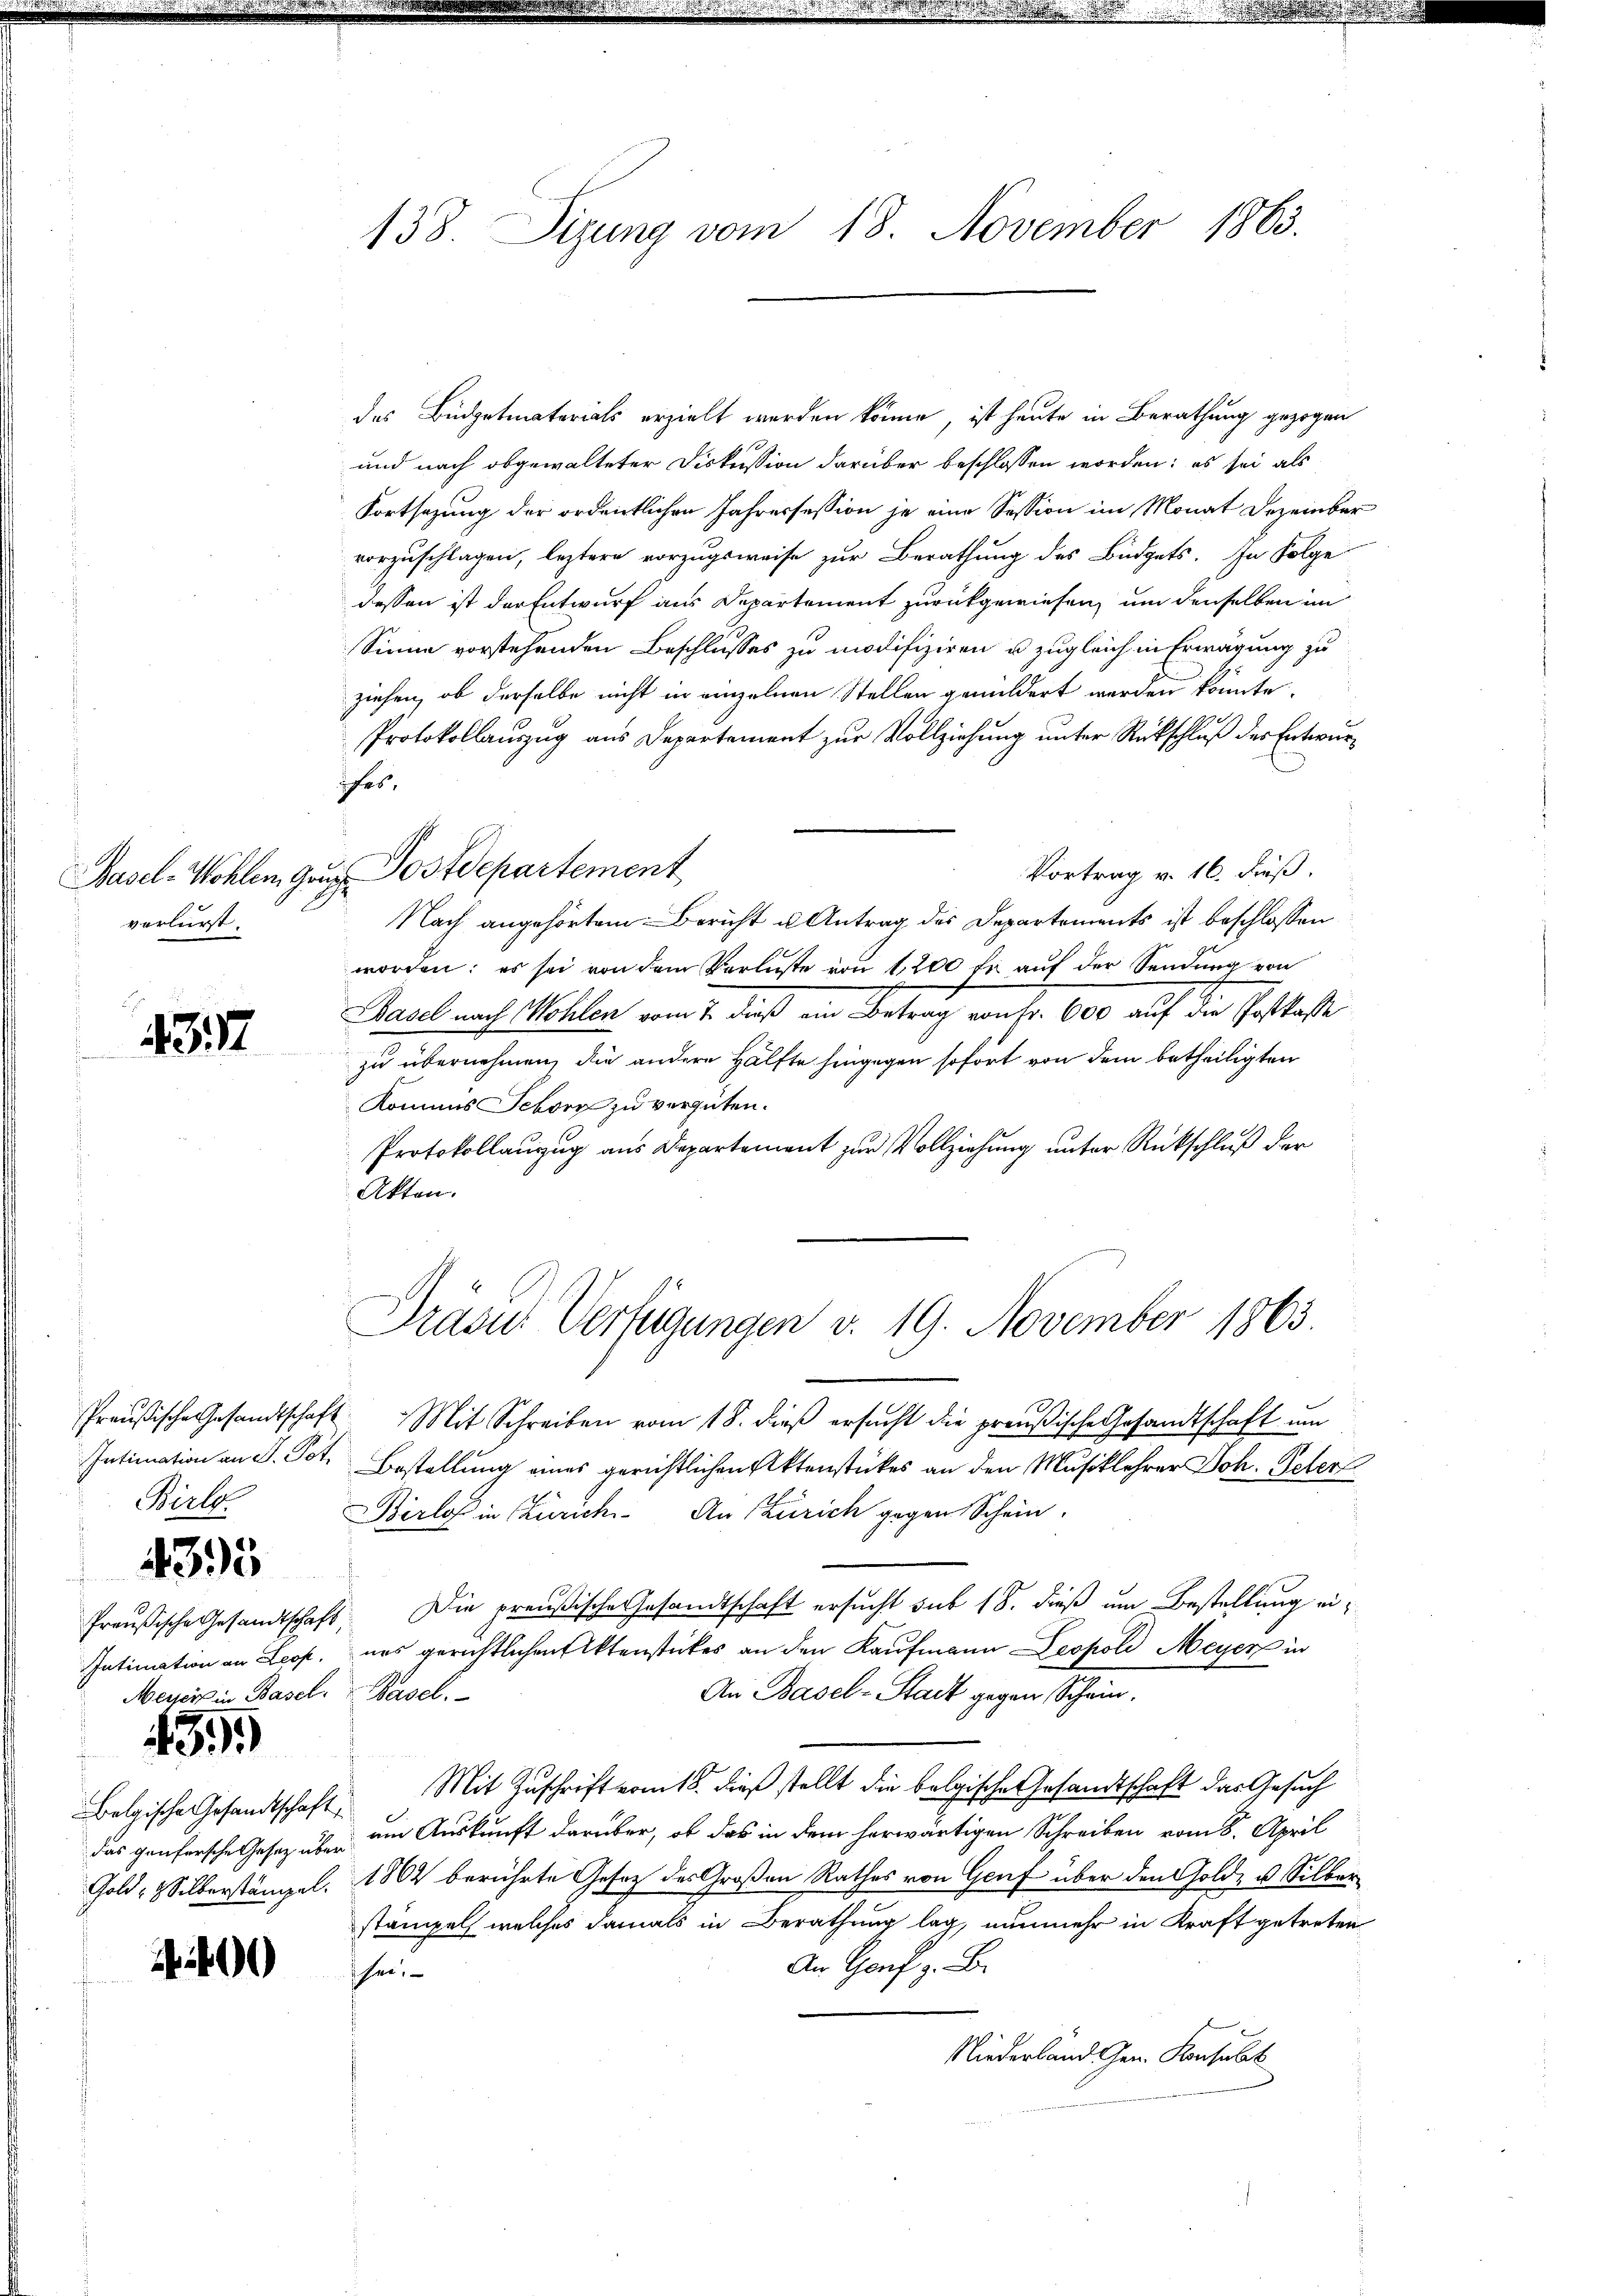
verlurst.

4377

Birle

4395

Intimation an Leop.
Meiser in Basel.

43)

138. Sizung vom 18. November 1863.

des Büdgetmaterials erzielt werden könne, ist heute in Berathung gezogen
und nach abgewalteter Diskussion darüber beschlossen worden: es sei als
Fortsazung der ordentlichen Jahressession je eine Session im Monat Dezember
vorzuschlagen, leztere vorzugsweise zur Berathung des Büdgets. In Folge
dessen ist der Entwurf aus Departement zurückgewiesen, um denselben im
Sinne vorstehenden Beschlusses zu modifiziren u. zugleich in Erwägung zu
ziehen, ob derselbe nicht in einzelnen Stellen gemildert werden könnte.
Protokollauszug aus Departement zur Vollziehung unter Rückschluß des Entwurifes,
Vortrag v. 16. dieß.
Basel-Wohlen Gaus Postdepartement
Nach angehörtem Bericht u Antrag des Departements ist beschlossen
1
worden; es sei von dem Verluste von 1200 fr auf der Sendung von
Basel nach Wohlen von s. dieß ein Betrag von fr. 600 auf die Gestosse
zu übernehmen, die andere Hälfte hingegen sofort von dem betheiligten
Kommes Schorn zu vergüten.
Protokollauszug aus Departement zur Vollziehung unter Rückschluß der
Akten.

Drasus Verfügungen v. 19. November 1863.

Preußische Gesandtschaft Mit Schreiben vom 18. dieß ersucht die preußische Gesandtschaft um
Intimation an J. Pct. Bestellung eines gerichtlichen Aktenstückes an den Musiklehrer Joh. Petert
Birlos in Zürich. An Zürich gegen Schein
Preußische Gesandtschaft. Die preußische Gesandtschaft ersucht sub 18. dieß um Bestellung eiuns gerichtlichen Aktenstückes an den Kaufmann Leopold Meyer in
An Basel-Stadt gegen Schein.
 Rasel.
Belgische Gesandtschaft. Mit Zuschrift vom 18. dieß stellt die belgische Gesandtschaft das Gesuch
das Genfersche Gesez über am Auskunft darüber, ob das in dem herwärtigen Schreiben vom 8. April
Gold- & Silberstängel. 1862 berührte Gesez des Großen Rathes von Genf über den Gold- u Silber
stämpels welches damals in Berathung lag, nunmehr in Kraft getreten
An Genf z. B.
sei.
Niederland Gen. Konsulat